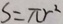
s = \pi r ^ { 2 }